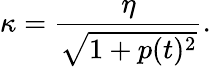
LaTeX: \kappa=\frac{\eta}{\sqrt{1+p(t)^{2}}}.